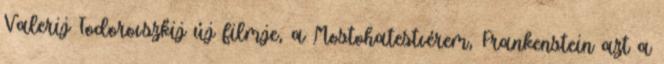
Valerij Todorovszkij új filmje, a Mostohatestvérem, Frankenstein azt a